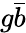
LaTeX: g{\bar{b}}